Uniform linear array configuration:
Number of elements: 16
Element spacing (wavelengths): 0.25
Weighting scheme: cosine
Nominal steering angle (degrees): -30
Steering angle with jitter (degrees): -30.774
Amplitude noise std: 0.05
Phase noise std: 0.05

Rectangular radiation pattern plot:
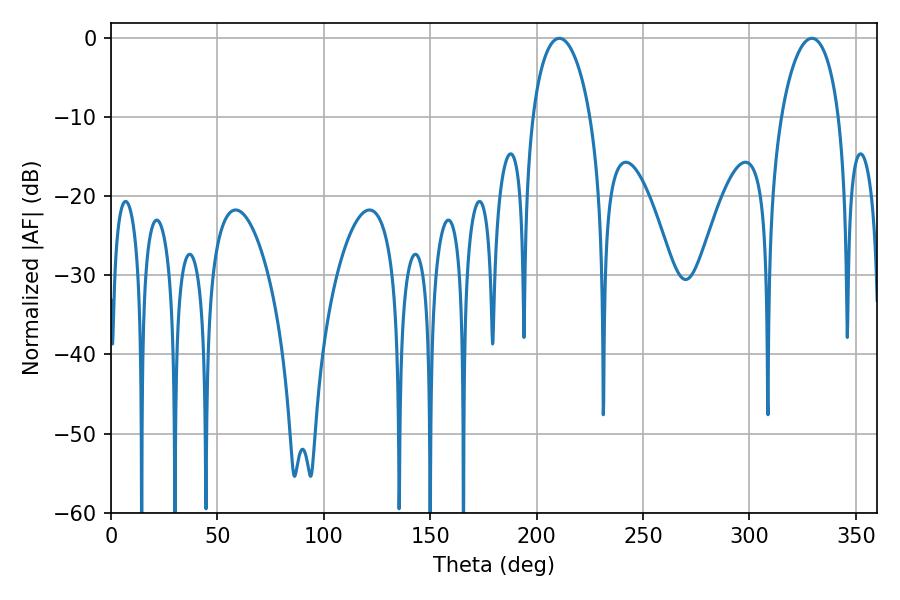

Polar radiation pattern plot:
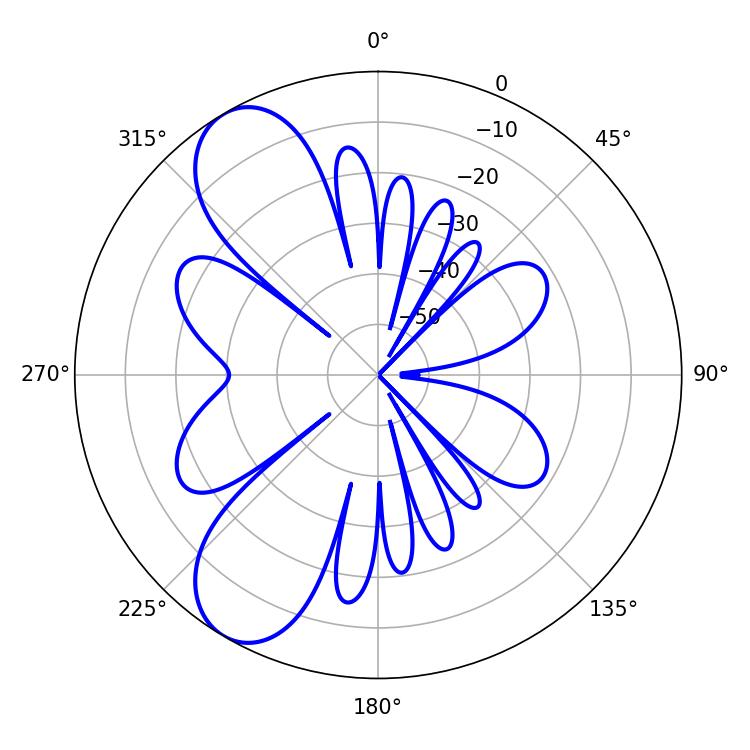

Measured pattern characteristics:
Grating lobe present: FALSE
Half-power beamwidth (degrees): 15.48
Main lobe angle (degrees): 210.6